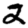
Digit: 2